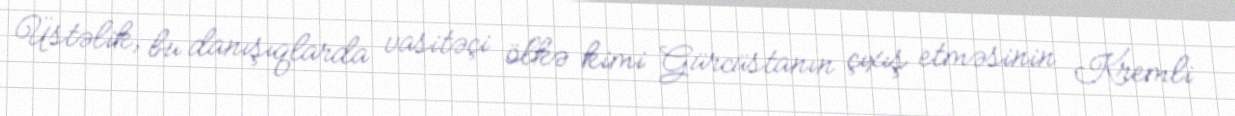
Üstəlik, bu danışıqlarda vasitəçi ölkə kimi Gürcüstanın çıxış etməsinin Kremli